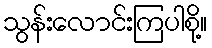
သွန်းလောင်းကြပါစို့။